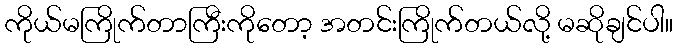
ကိုယ်မကြိုက်တာကြီးကိုတော့ အတင်းကြိုက်တယ်လို့ မဆိုချင်ပါ။